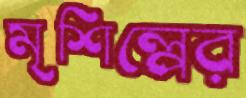
মৃশিল্পের